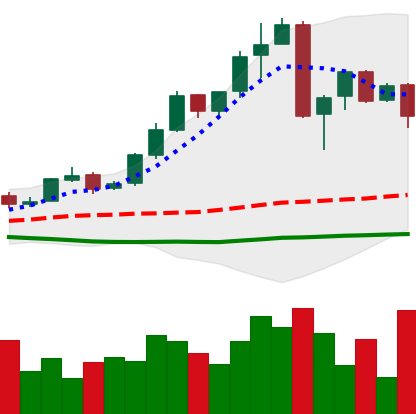
Ticker: BTC-USD
Chart end date: 2016-05-02
Forward return: 3.118%
Label: up_3_5